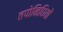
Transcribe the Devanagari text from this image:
तपोनिधियों